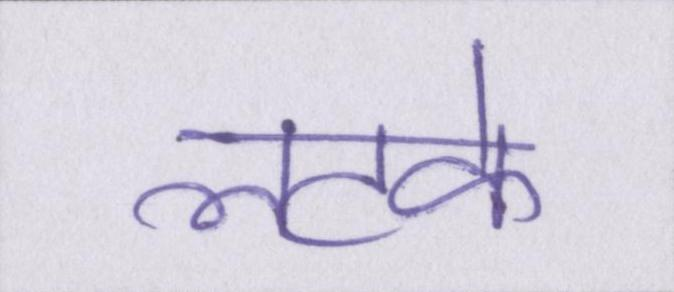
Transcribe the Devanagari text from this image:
लटके